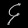
Digit: ၄